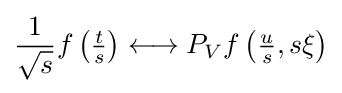
{\frac {1}{\sqrt {s}}}f\left({\tfrac {t}{s}}\right)\longleftrightarrow P_{V}f\left({\tfrac {u}{s}},s\xi \right)